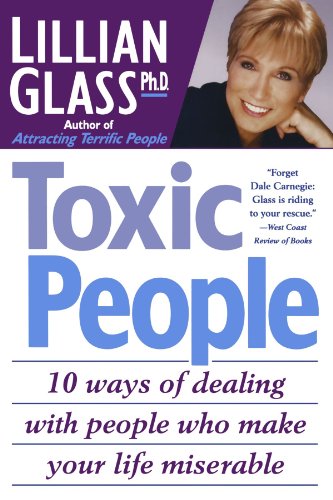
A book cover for Toxic People: 10 Ways Of Dealing With People Who Make Your Life Miserable; Lillian Glass; Health, Fitness & Dieting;